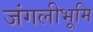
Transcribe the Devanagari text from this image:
जंगलीभूमि